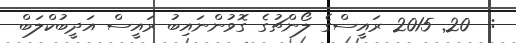
:  20